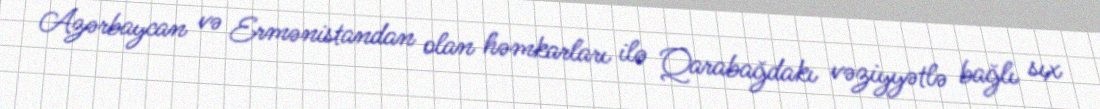
Azərbaycan və Ermənistandan olan həmkarları ilə Qarabağdakı vəziyyətlə bağlı sıx